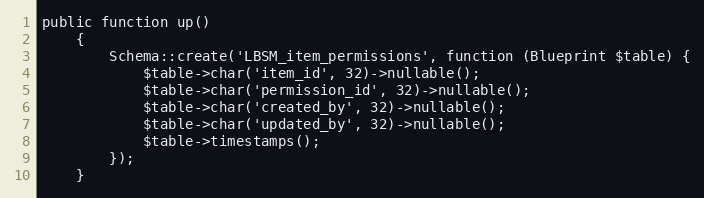
Language: PHP
public function up()
    {
        Schema::create('LBSM_item_permissions', function (Blueprint $table) {
            $table->char('item_id', 32)->nullable();
            $table->char('permission_id', 32)->nullable();
            $table->char('created_by', 32)->nullable();
            $table->char('updated_by', 32)->nullable();
            $table->timestamps();
        });
    }